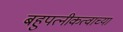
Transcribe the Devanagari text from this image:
बहुपत्नीकत्वाच्या